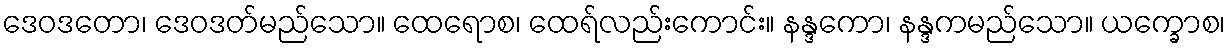
ဒေဝဒတော၊ ဒေဝဒတ်မည်သော။ ထေရောစ၊ ထေရ်လည်းကောင်း။ နန္ဒကော၊ နန္ဒကမည်သော။ ယက္ခောစ၊